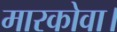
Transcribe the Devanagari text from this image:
मारकोवा।